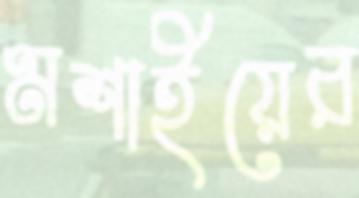
মশাইয়ের